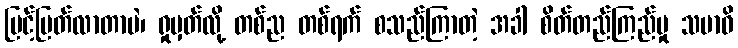
မြင့်မြတ်လာတာပဲ၊ ရှုမှတ်လို့ တစ်ည တစ်ရက် စသည်ကြာတဲ့ အခါ စိတ်တည်ကြည်မှု သမာဓိ